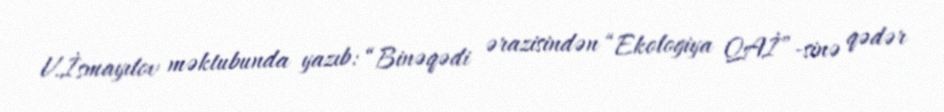
V.İsmayılov məktubunda yazıb: “Binəqədi ərazisindən “Ekologiya QAİ”-sinə qədər